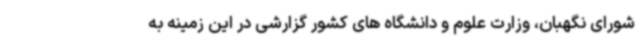
شورای نگهبان، وزارت علوم و دانشگاه های کشور گزارشی در این زمینه به